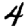
Digit: 4